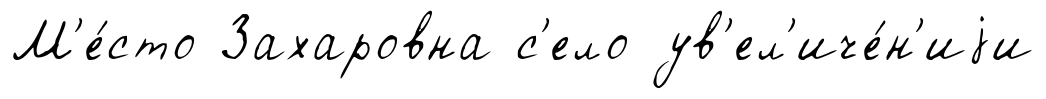
М'е́сто Захаровна с'ело ув'ел'иче́н'иjи